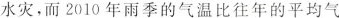
水灾，而2010年雨季的气温比往年的平均气